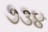
૭૩૪